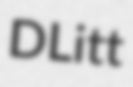
DLitt